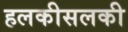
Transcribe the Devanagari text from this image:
हलकीसलकी